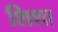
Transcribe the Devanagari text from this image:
शिशा